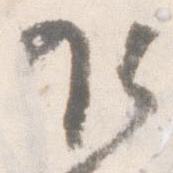
乍